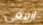
ارفعي